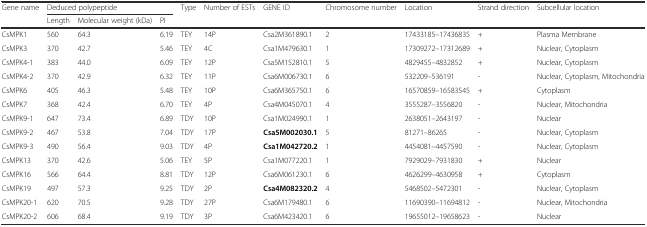
<table><thead><tr><td><b>Gene name</b></td><td colspan="3"><b>Deduced polypeptide</b></td><td><b>Type</b></td><td><b>Number of ESTs</b></td><td><b>GENE ID</b></td><td><b>Chromosome number</b></td><td><b>Location</b></td><td><b>Strand direction</b></td><td><b>Subcellular location</b></td></tr><tr><td></td><td><b>Length</b></td><td><b>Molecular weight (kDa)</b></td><td><b>PI</b></td><td></td><td></td><td></td><td></td><td></td><td></td><td></td></tr></thead><tbody><tr><td>CsMPK1</td><td>560</td><td>64.3</td><td>6.19</td><td>TEY</td><td>14P</td><td>Csa2M361890.1</td><td>2</td><td>17433185–17436835</td><td>+</td><td>Plasma Membrane</td></tr><tr><td>CsMPK3</td><td>370</td><td>42.7</td><td>5.46</td><td>TEY</td><td>4C</td><td>Csa1M479630.1</td><td>1</td><td>17309272–17312689</td><td>+</td><td>Nuclear, Cytoplasm</td></tr><tr><td>CsMPK4-1</td><td>383</td><td>44.0</td><td>6.09</td><td>TEY</td><td>12P</td><td>Csa5M152810.1</td><td>5</td><td>4829455–4832852</td><td>+</td><td>Nuclear, Cytoplasm</td></tr><tr><td>CsMPK4-2</td><td>370</td><td>42.9</td><td>6.32</td><td>TEY</td><td>11P</td><td>Csa6M006730.1</td><td>6</td><td>532209–536191</td><td>-</td><td>Nuclear, Cytoplasm, Mitochondria</td></tr><tr><td>CsMPK6</td><td>405</td><td>46.3</td><td>5.48</td><td>TEY</td><td>10P</td><td>Csa6M365750.1</td><td>6</td><td>16570859–16583545</td><td>+</td><td>Cytoplasm</td></tr><tr><td>CsMPK7</td><td>368</td><td>42.4</td><td>6.70</td><td>TEY</td><td>4P</td><td>Csa4M045070.1</td><td>4</td><td>3555287–3556820</td><td>-</td><td>Nuclear, Mitochondria</td></tr><tr><td>CsMPK9-1</td><td>647</td><td>73.4</td><td>6.89</td><td>TDY</td><td>10P</td><td>Csa1M024990.1</td><td>1</td><td>2638051–2643197</td><td>-</td><td>Nuclear</td></tr><tr><td>CsMPK9-2</td><td>467</td><td>53.8</td><td>7.04</td><td>TDY</td><td>17P</td><td><b>Csa5M002030.1</b></td><td>5</td><td>81271–86265</td><td>-</td><td>Nuclear, Cytoplasm</td></tr><tr><td>CsMPK9-3</td><td>490</td><td>56.4</td><td>9.03</td><td>TDY</td><td>4P</td><td><b>Csa1M042720.2</b></td><td>1</td><td>4454081–4457590</td><td>-</td><td>Nuclear, Cytoplasm</td></tr><tr><td>CsMPK13</td><td>370</td><td>42.6</td><td>5.06</td><td>TEY</td><td>5P</td><td>Csa1M077220.1</td><td>1</td><td>7929029–7931830</td><td>+</td><td>Nuclear</td></tr><tr><td>CsMPK16</td><td>566</td><td>64.4</td><td>8.81</td><td>TDY</td><td>12P</td><td>Csa6M061230.1</td><td>6</td><td>4626299–4630958</td><td>+</td><td>Cytoplasm</td></tr><tr><td>CsMPK19</td><td>497</td><td>57.3</td><td>9.25</td><td>TDY</td><td>2P</td><td><b>Csa4M082320.2</b></td><td>4</td><td>5468502–5472301</td><td>-</td><td>Nuclear, Cytoplasm</td></tr><tr><td>CsMPK20-1</td><td>620</td><td>70.5</td><td>9.28</td><td>TDY</td><td>27P</td><td>Csa6M179480.1</td><td>6</td><td>11690390–11694812</td><td>-</td><td>Nuclear, Mitochondria</td></tr><tr><td>CsMPK20-2</td><td>606</td><td>68.4</td><td>9.19</td><td>TDY</td><td>3P</td><td>Csa6M423420.1</td><td>6</td><td>19655012–19658623</td><td>-</td><td>Nuclear</td></tr></tbody></table>